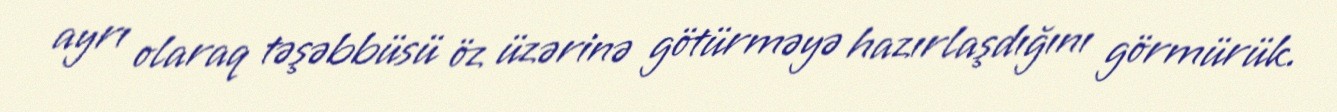
ayrı olaraq təşəbbüsü öz üzərinə götürməyə hazırlaşdığını görmürük.